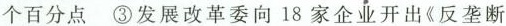
个百分点③发展改革委向18家企业开出《反垄断